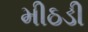
મીઠડી